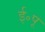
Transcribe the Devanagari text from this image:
ई॰पू